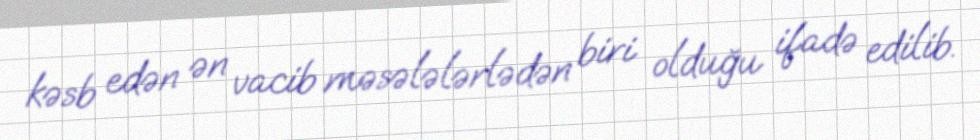
kəsb edən ən vacib məsələlərlədən biri olduğu ifadə edilib.